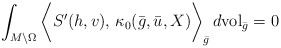
\begin{align*}\int_{M\setminus \Omega} \bigg\langle S' (h, v),\, \kappa_0 (\bar{g}, \bar{u}, X)\bigg\rangle_{\bar g} \, d\mathrm{vol}_{\bar g} &=0 \end{align*}